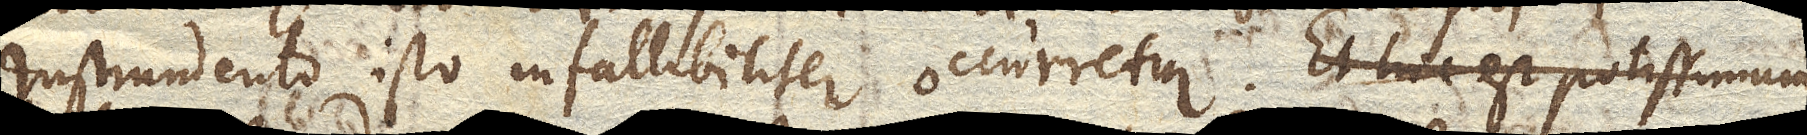
Instrumento isto infallibiliter occurretur. Et hic est potissimum